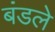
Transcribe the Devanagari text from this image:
बंडले